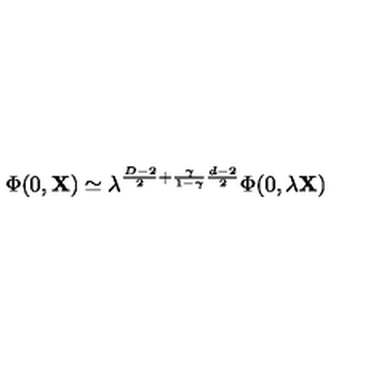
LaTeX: \Phi ( 0 , { \bf X } ) \simeq \lambda ^ { \frac { D - 2 } { 2 } + \frac { \gamma } { 1 - \gamma } \frac { d - 2 } { 2 } } \Phi ( 0 , \lambda { \bf X } )